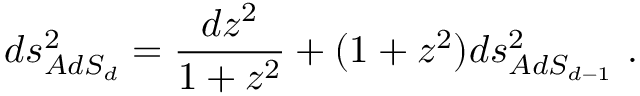
d s _ { A d S _ { d } } ^ { 2 } = { \frac { d z ^ { 2 } } { 1 + z ^ { 2 } } } + ( 1 + z ^ { 2 } ) d s _ { A d S _ { d - 1 } } ^ { 2 } \ .